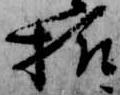
様